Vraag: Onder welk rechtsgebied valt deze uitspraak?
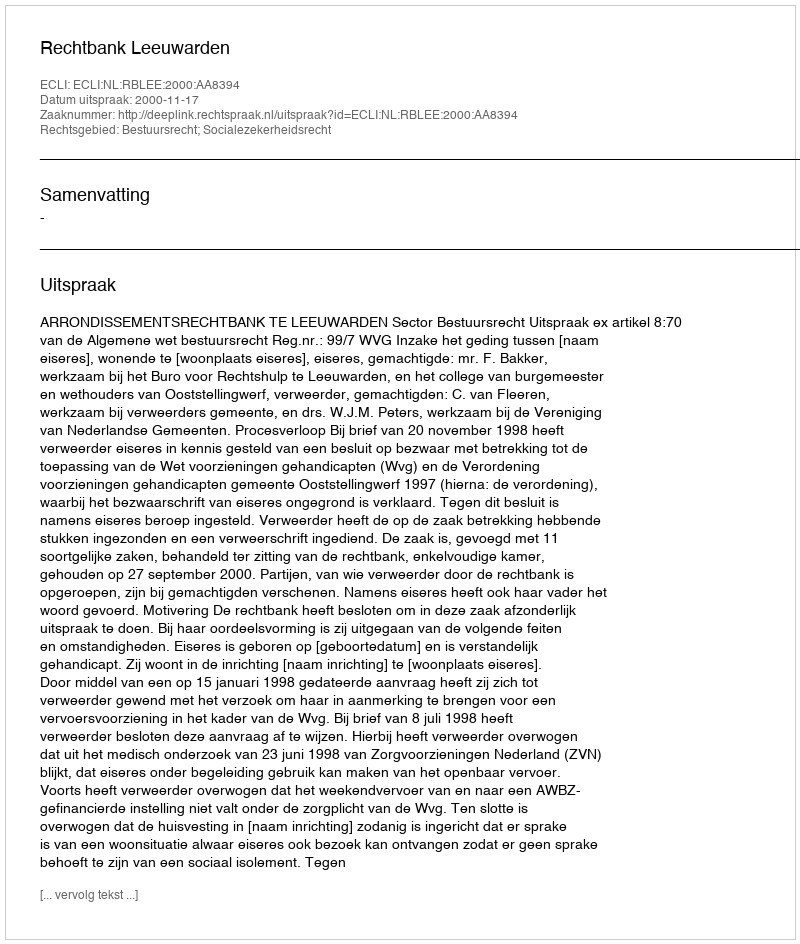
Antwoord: Bestuursrecht; Socialezekerheidsrecht